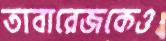
তাবারেজকেও